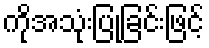
ကိုအသုံးပြုခြင်းဖြင့်